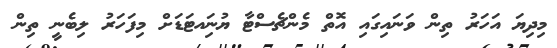
މިދިޔަ އަހަރު ތިން ވަނައިގައި އޮތް މެންޗެސްޓާ ޔުނަިއޓަޑަށް މިފަހަރު ލިބެނީ ތިން